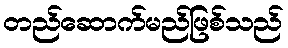
တည်ဆောက်မည်ဖြစ်သည်